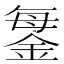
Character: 𨧊